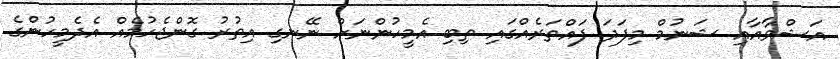
އަޝްވާއާއި ޝަނުމް މިފަދަ ފައްތަރެއްގައި ތިބި އެމީހުންނަށް ނޭނގި އިތުރު ގޮންޖެހުމެއް އެދެމީހުންގެ